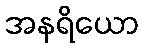
အနရိယော